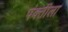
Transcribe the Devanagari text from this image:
पंक्तीला